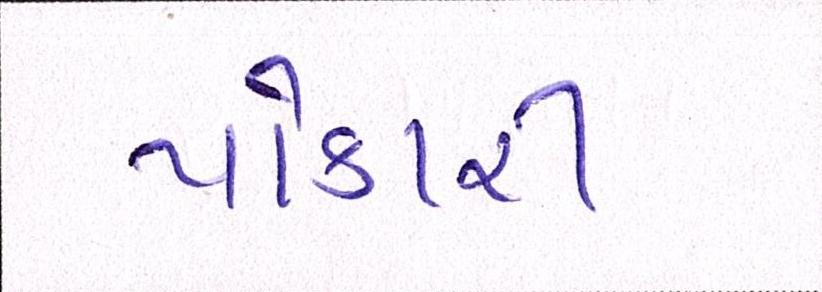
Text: પોકારી